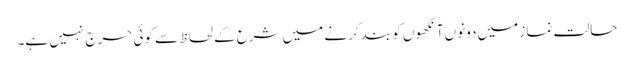
حالت نماز میں دونوں آنکھوں کو بند کرنے میں شرع کے لحاظ سے کوئی حرج نہیں ہے۔